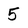
Character: 5